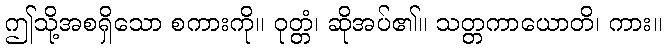
ဤသို့အစရှိသော စကားကို။ ဝုတ္တံ၊ ဆိုအပ်၏။ သတ္တကာယောတိ၊ ကား။